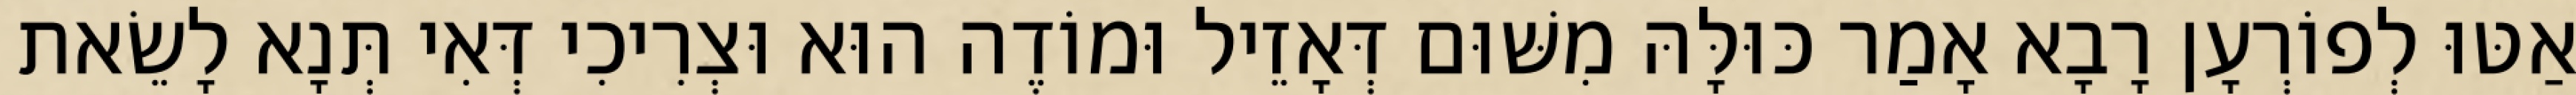
אַטּוּ לְפוֹרְעָן רָבָא אָמַר כּוּלָּהּ מִשּׁוּם דְּאָזֵיל וּמוֹדֶה הוּא וּצְרִיכִי דְּאִי תְּנָא לָשֵׂאת